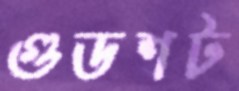
গুডশট